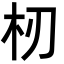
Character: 杒